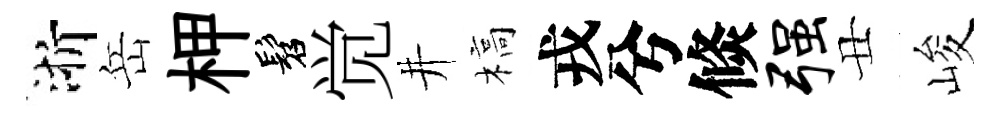
浙岳柙髫觉井槁戎兮倐强丑峻